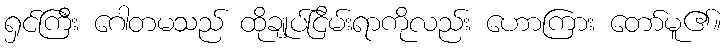
ရှင်ကြီး ဂေါတမသည် ထိုချုပ်ငြိမ်းရာကိုလည်း ဟောကြား တော်မူ၏။